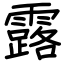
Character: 露